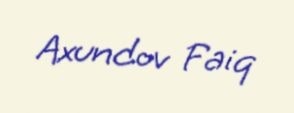
Axundov Faiq